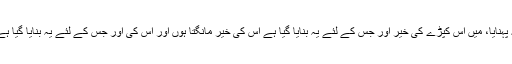
تیرا شکر ہے کہ تو نے مجھے یہ پہنایا، میں اس کپڑے کی خیر اور جس کے لئے یہ بنایا گیا ہے اس کی خیر مانگتا ہوں اور اس کی اور جس کے لئے یہ بنایا گیا ہے اس کے شر سے پناہ مانگتا ہوں۔